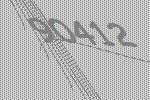
90412